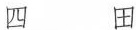
四 田